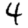
Digit: 4